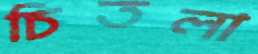
চিতলা